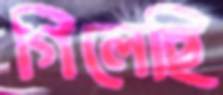
গিলেছি